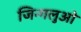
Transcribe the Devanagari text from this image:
जिन्गलुओ